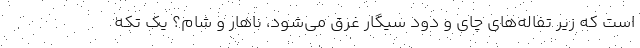
است كه زير تفاله‌هاي چاي و دود سيگار غرق مي‌شود، ناهار و شام؟ يك تكه